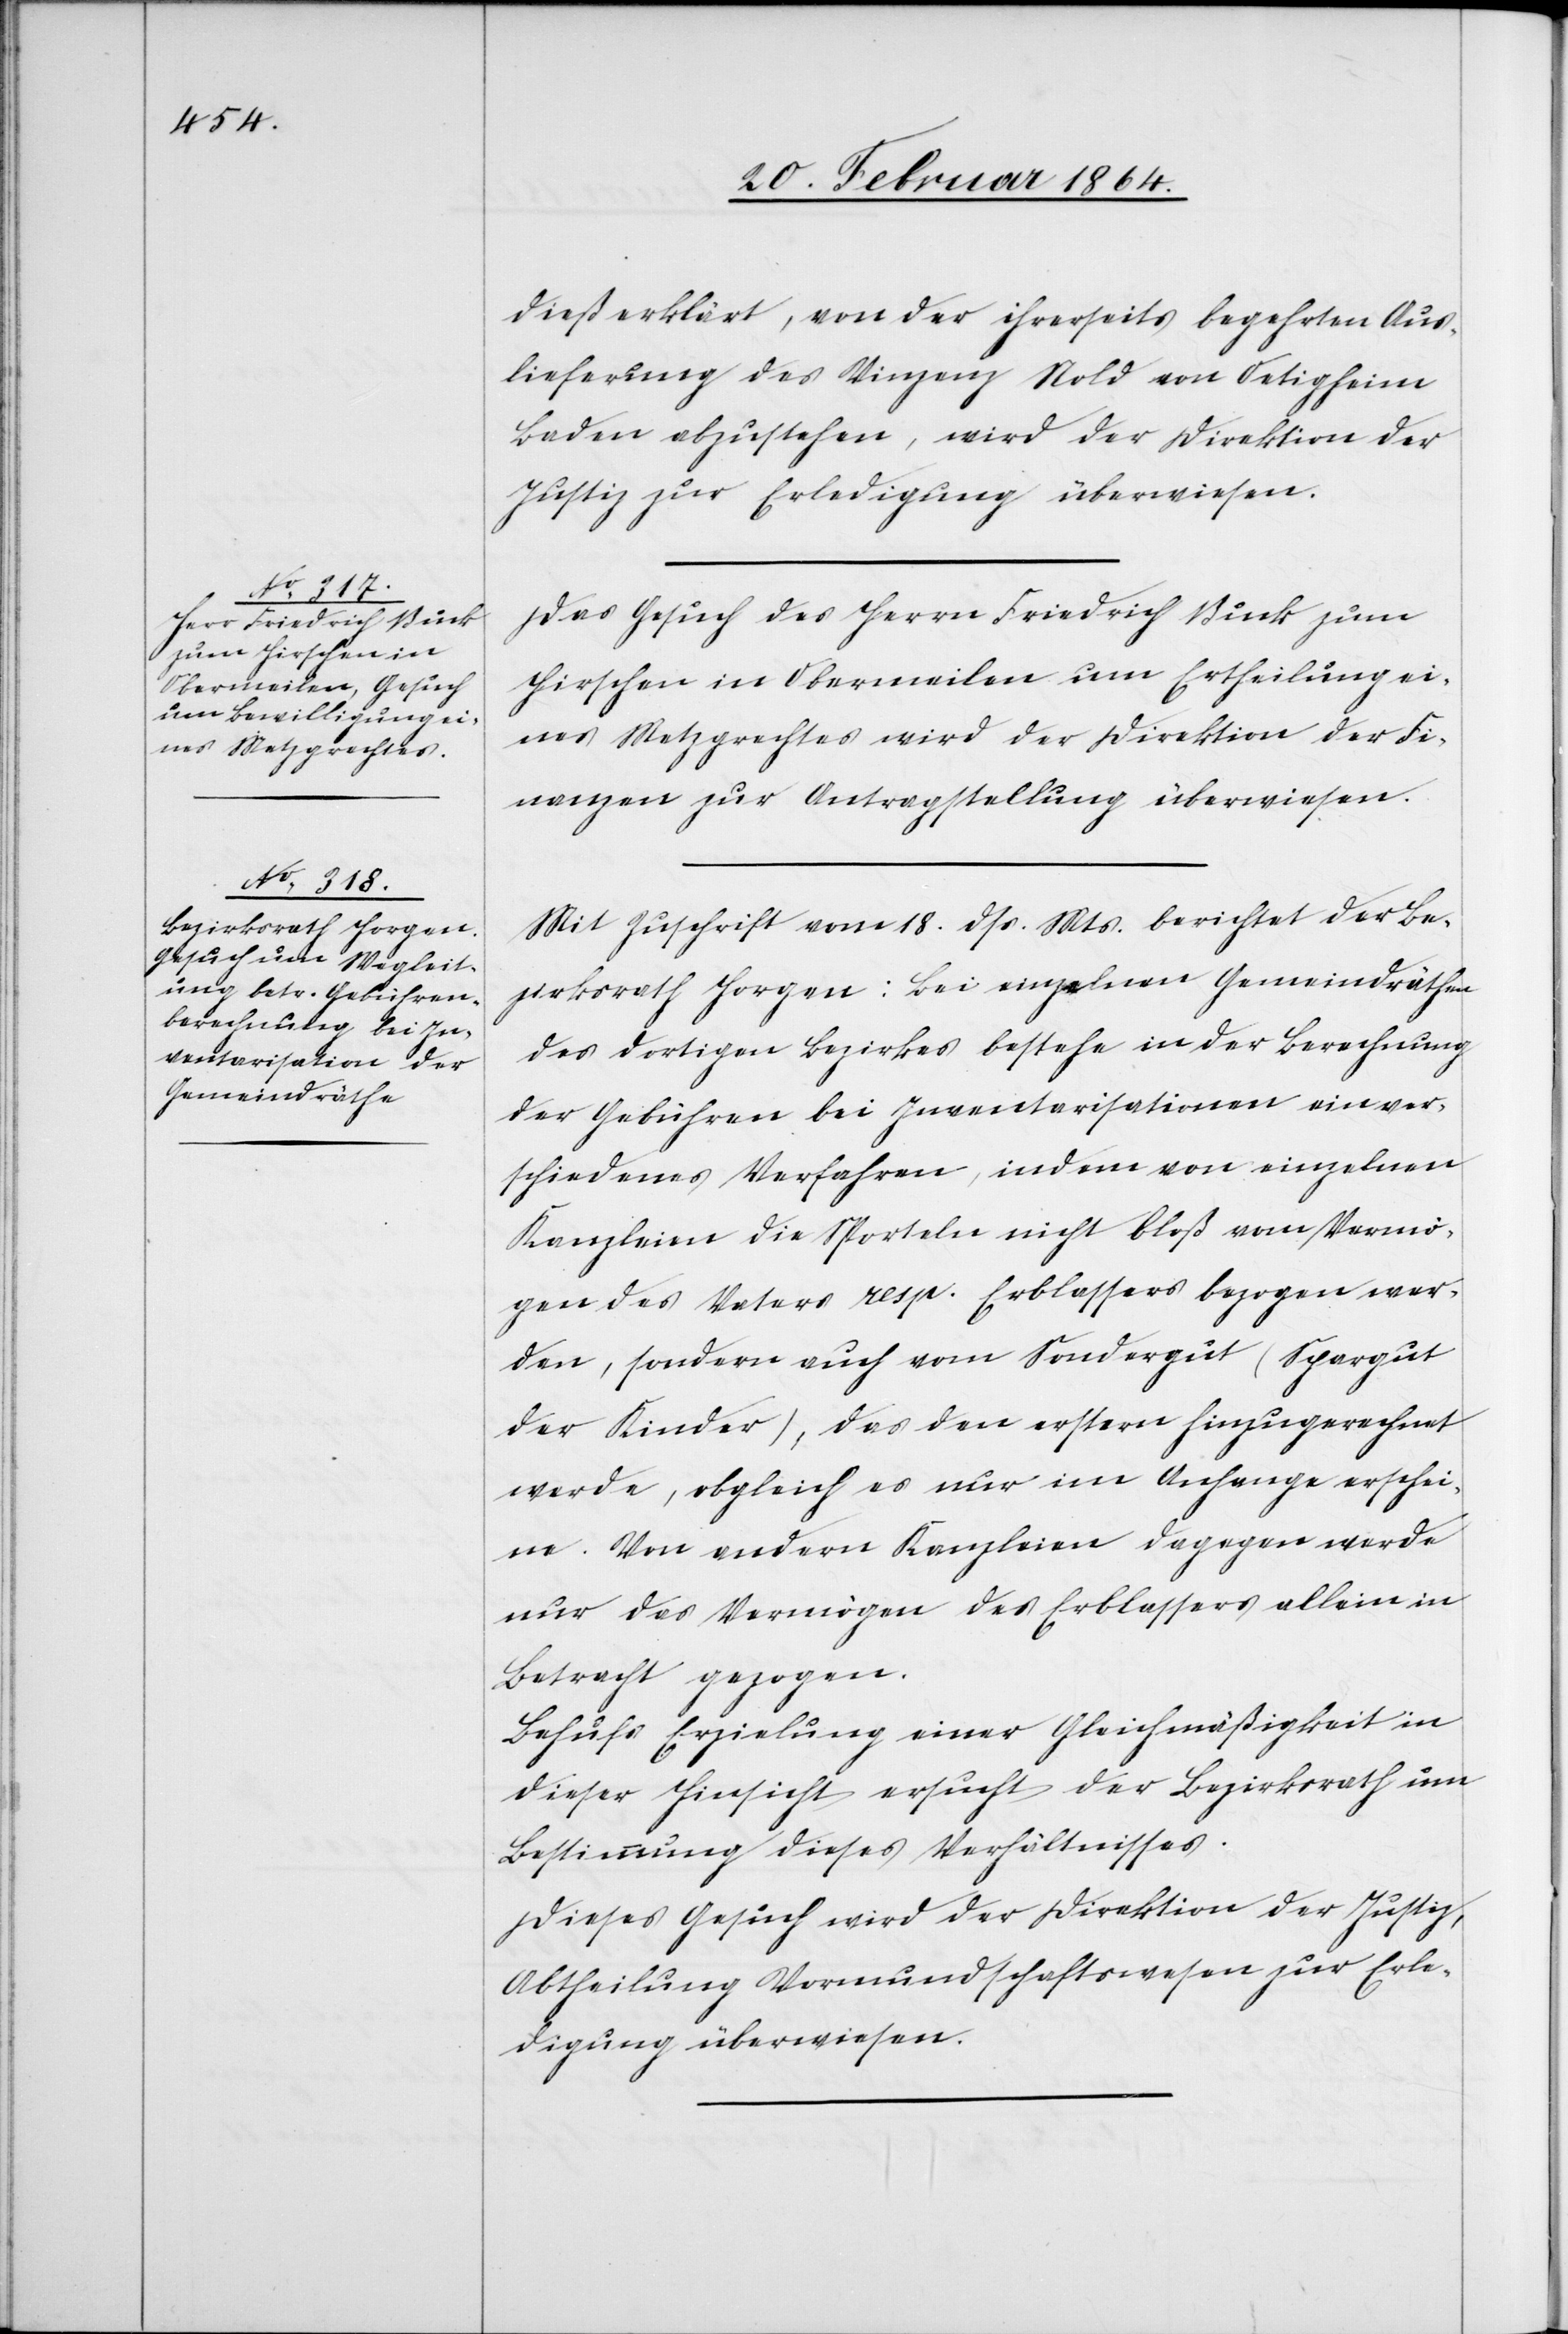
20. Februar 1864.]
dieß erklärt, von der ihrerseits begehrten Aus¬
lieferung des Vinzenz Nold von Oetigheim
Baden abzusehen, wird der Direktion der
Justiz zur Erledigung überwiesen.
Das Gesuch des Herrn Friedrich Buck zum
Hirschen in Obermeilen um Ertheilung ei¬
nes Metzgrechtes wird der Direktion der Fi¬
nanzen zur Antragstellung überweisen.
Mit Zuschrift vom 18. dss. Mts. berichtet der Be¬
zirksrath Horgen: Bei einzelnen Gemeindräthen
des dortigen Bezirkes bestehe in der Berechnung
der Gebühren bei Inventarisationen ein ver¬
schiedenes Verfahren, indem von einzelnen
Kanzleien die Sporteln nicht bloß vom Vermö¬
gen des Vaters resp. Erblassers bezogen wer¬
den, sondern auch vom Sondergut (Spargut
der Kinder), das den erstern hinzugerechnet
werde, obgleich es nur im Anfange erschei¬
ne. Von andern Kanzleien dagegen werde
nur das Vermögen des Erblassers allein in
Betracht gezogen.
Behufs Erzielung einer Gleichmäßigkeit in
dieser Hinsicht ersucht der Bezirksrath um
Bestimmung dieses Verhältnisses.
Dieses Gesuch wird der Direktion der Justiz,
Abtheilung Vormundschaftswesen zur Erle¬
digung überwiesen.